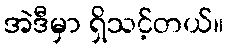
အဲဒီမှာ ရှိသင့်တယ်။